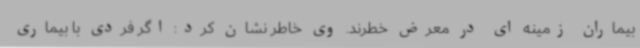
بیماران زمینه ای در معرض خطرند. وی خاطر نشان کرد: اگر فردی با بیماری